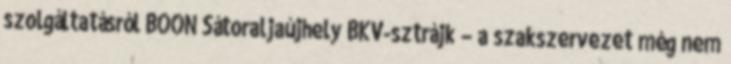
szolgáltatásról BOON Sátoraljaújhely BKV-sztrájk – a szakszervezet még nem